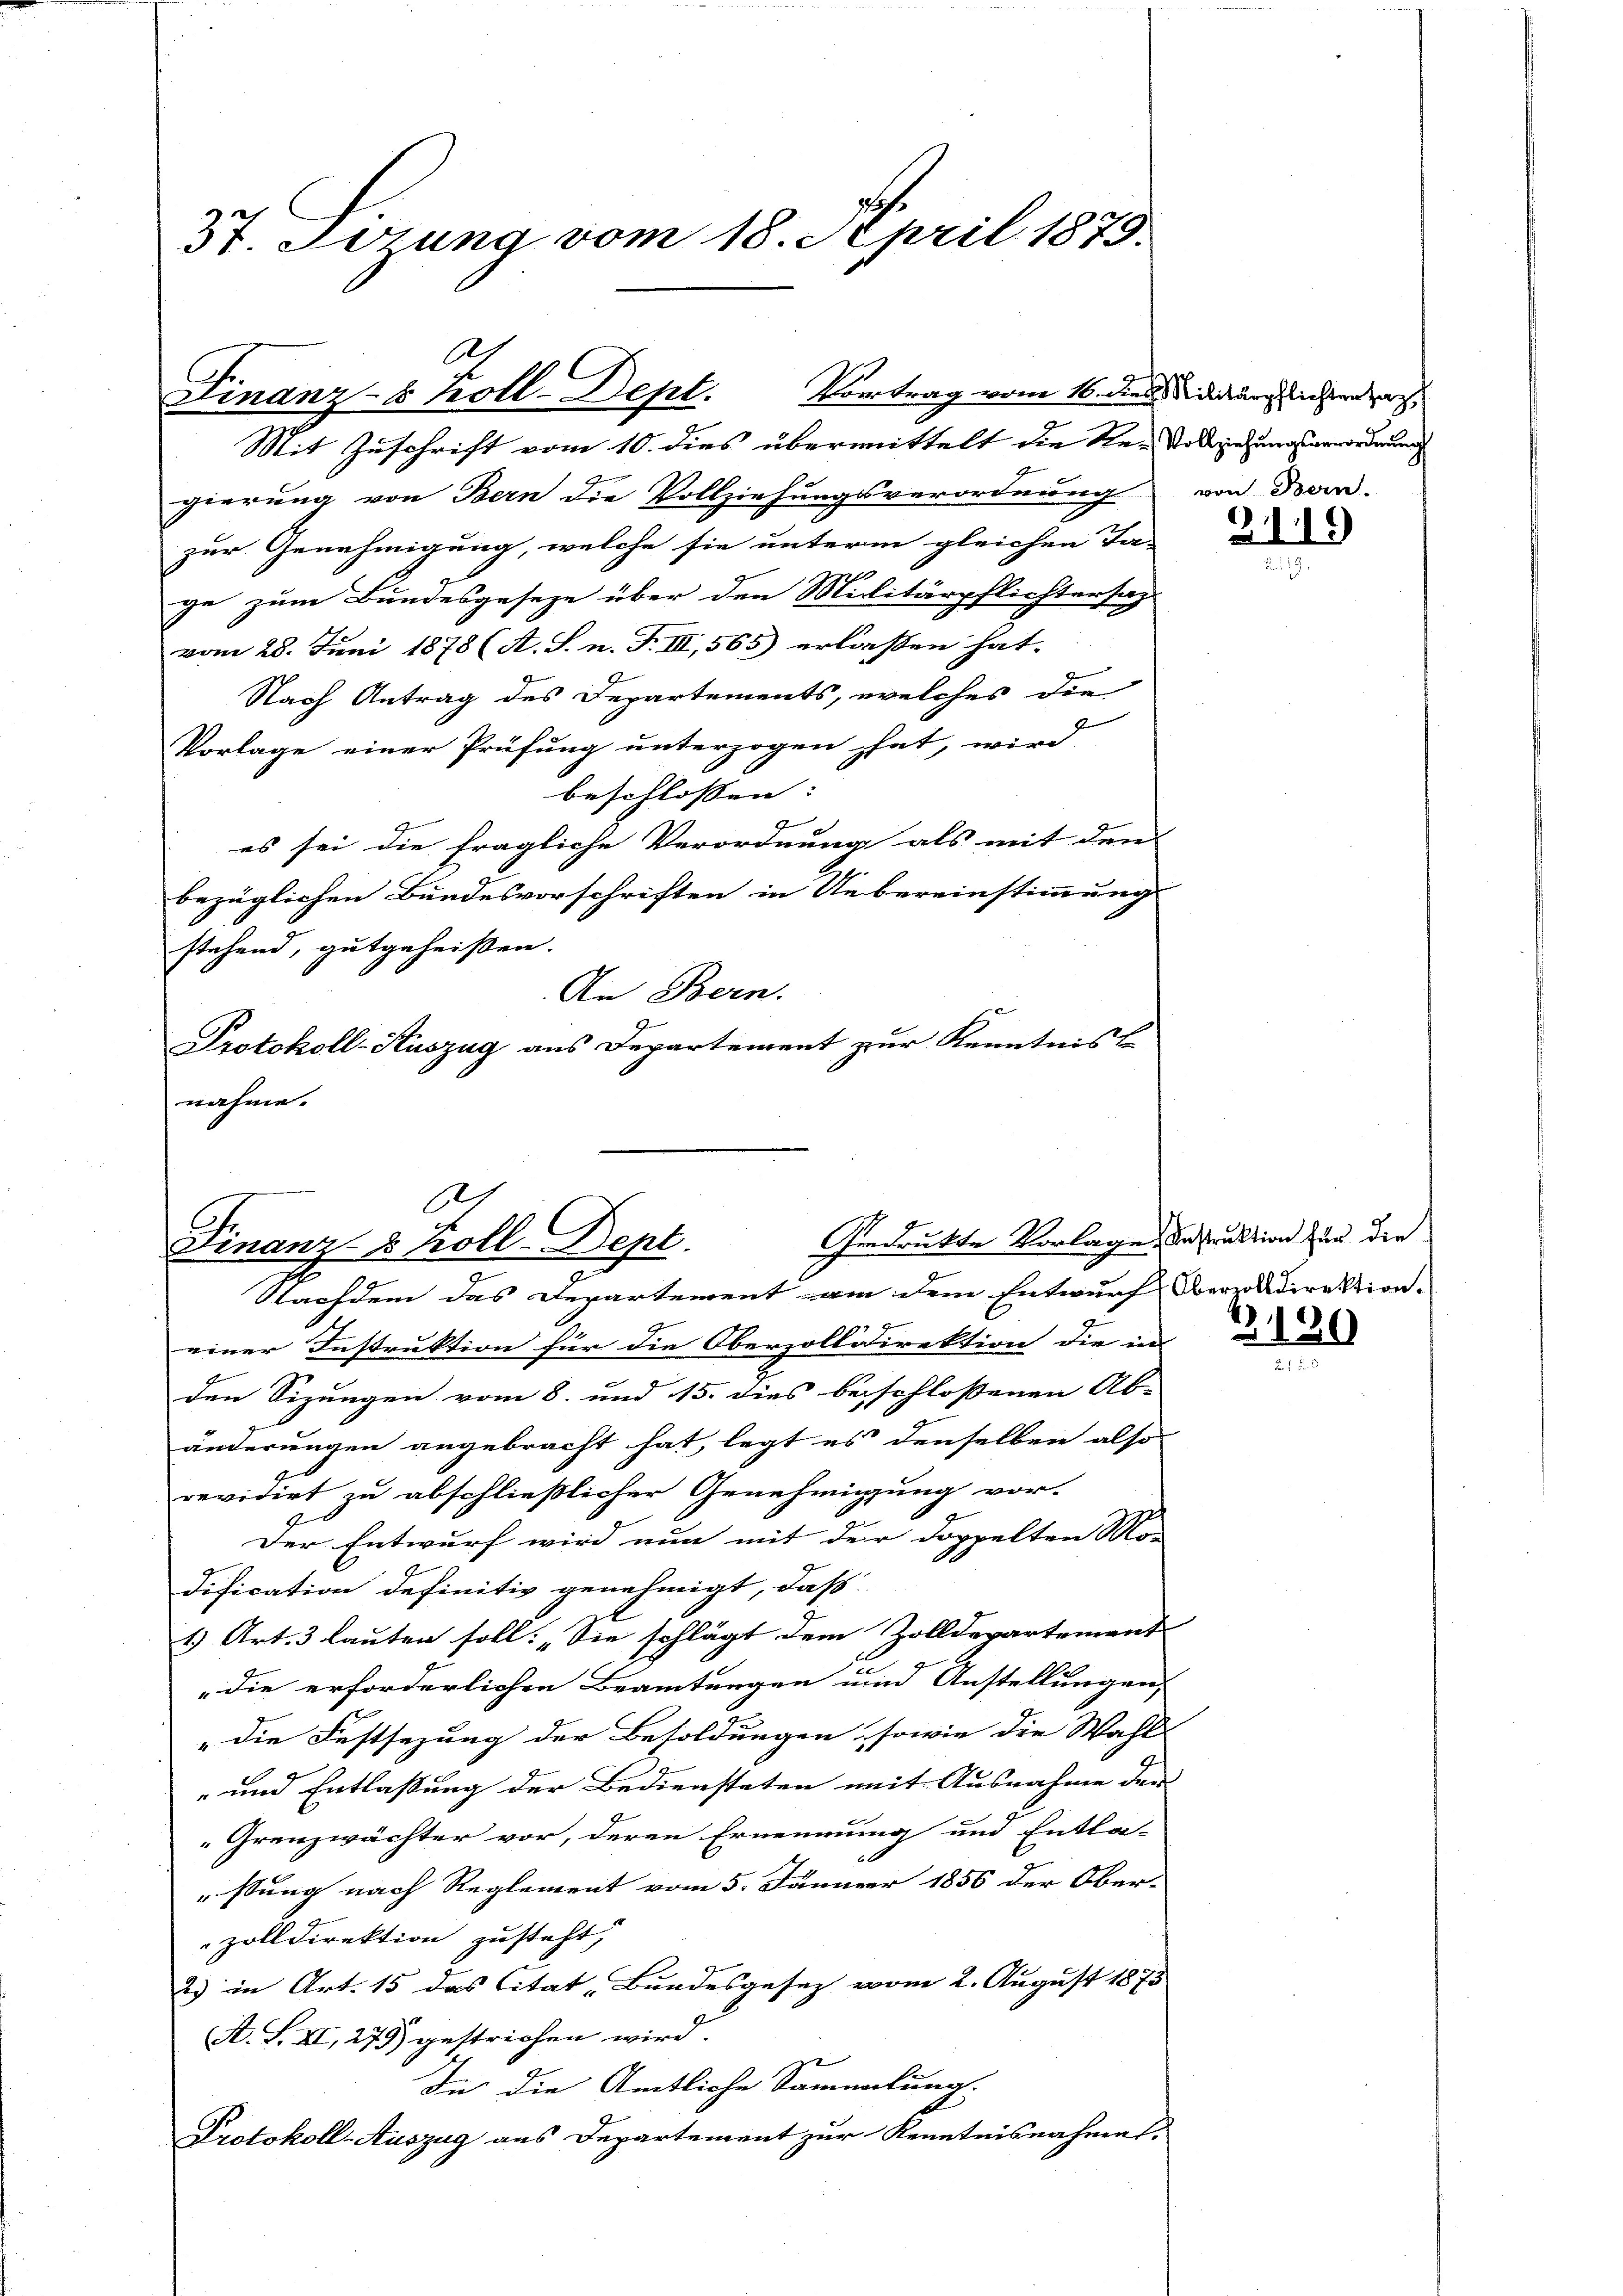
3t. Tötung vom 18. April 1873.

gierung von Bern die Vollziehungsverordnung von Bern-
zur Genehmigung, welche sie unterm gleichen Ta-
ge zum Bundesgeseze über den Militärpflichtersag
vom 28. Juni 1878 (A. S. n. F. III, 565) erlassen hat.
Nach Antrag des Departements, welches die
Vorlage einer Prüfung unterzogen hat, wird
beschlossen:
es sei die fragliche Verordnung als mit den
bezüglichen Bundesvorschriften in Uebereinstimmung
stehend, gutgeheißen.
An Bern.
Protokoll-Kuszug aus Departement zur Kenntniss
nahme.

A.
Finanz-8 Koll-Dept. Vortrag vom 16. dies durch diesen a
Mit Zuschrift vom 10. dies übermittelt die Resoldungsverordnung

1
Geedrukte Vorlage Instruktion für die
Finanz- & Koll-Dept.
Nachdem das Departement am dem Entwurf erzolldirektion.

einer Instruktion für die Oberzollidirektion die in
den Sizungen vom 8. und 15. dies beschlossenen Ab- |
änderungen angebracht hat, legt es denselben also
revidirt zu abschließlicher Genehmigung vor-
Der Entwurf wird nun mit der Doppelten Mo-
Dification definitiv genehmigt, daß
1) Art. 3 lauten soll: „Sie schlägt dem Zolldepartement |
die erforderlichen Beamtungen und Anstellungen,
" die Festsezung der Besoldungen, sowie die Wahl
- und Entlassung der Bediensteten mit Ausnahme den
Grenzwächter vor, deren Ernennung und Entla-
stung nach Reglement vom 5. Jänner 1856 der Ober-
zolldirektion zusteht,
2) in Art. 15 das Citat „Bundesgesetz vom 2. August 1875
A. S. XI, 279) gestrichen wird.

In die Amtliche Sammlung.
Protokoll-Auszug aus Departement zur Kenntnisnahmes.

2119

2120